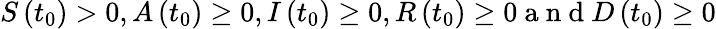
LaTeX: S\left(t_{0}\right)>0,A\left(t_{0}\right)\geq 0,I\left(t_{0}\right)\geq 0,R\left(t_{0}\right)\geq 0\mathrm{~a~n~d~}D\left(t_{0}\right)\geq 0